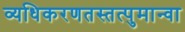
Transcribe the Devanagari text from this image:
व्यधिकरणतस्तत्पुमान्वा